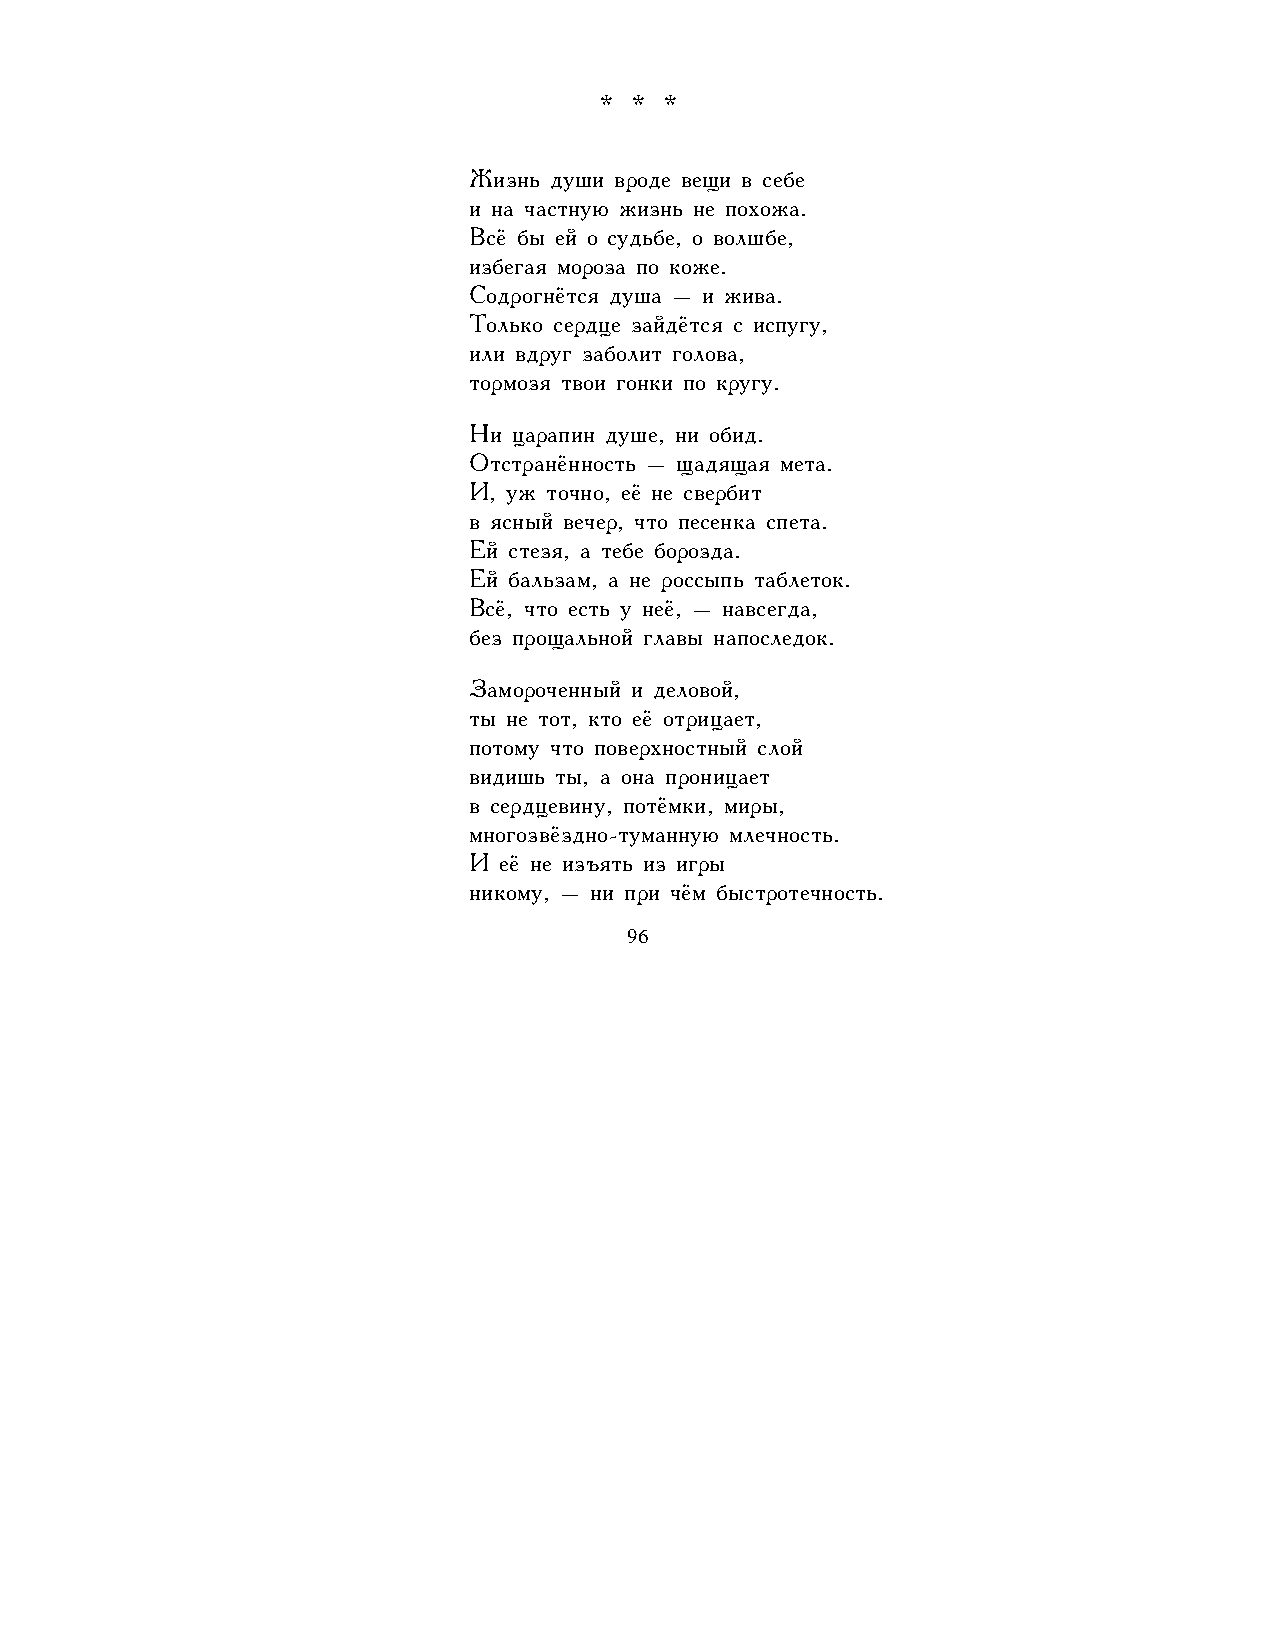
* * *
 Жизнь души вроде вещи в себе
 и на частную жизнь не похожа.
 Всё бы ей о судьбе, о волшбе,
 избегая мороза по коже.
 Содрогнётся душа – и жива.
 Только сердце зайдётся с испугу,
 или вдруг заболит голова,
 тормозя твои гонки по кругу.
 Ни царапин душе, ни обид.
 Отстранённость – щадящая мета.
 И, уж точно, её не свербит
 в ясный вечер, что песенка спета.
 Ей стезя, а тебе борозда.
 Ей бальзам, а не россыпь таблеток.
 Всё, что есть у неё, – навсегда,
 без прощальной главы напоследок.
 Замороченный и деловой,
 ты не тот, кто её отрицает,
 потому что поверхностный слой
 видишь ты, а она проницает
 в сердцевину, потёмки, миры,
 многозвёздно-туманную млечность.
 И её не изъять из игры
 никому, – ни при чём быстротечность.
 96